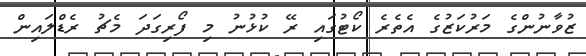
ޒުވާނުންގެ މަރުކަޒުގެ އެތެރެ ކޯޓުގައި ރޭ ކުޅުނު މި ފޯރިގަދަ މެޗު ރެޑްލައިން